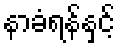
နာခံရန်နှင့်